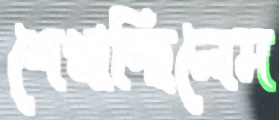
শেখাচ্ছিলেম